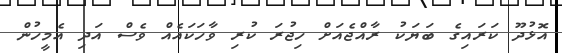
އޮޅުދޫ ކަރައިގެ ބަޔަކު ރާއްޖެއަށް ހިޖުރަ ކުރި ވާހަކައެއް ވެސް އަދި އެމީހުން